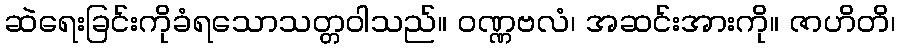
ဆဲရေးခြင်းကိုခံရသောသတ္တဝါသည်။ ဝဏ္ဏဗလံ၊ အဆင်းအားကို။ ဇာဟိတိ၊